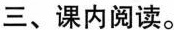
三、课内阅读。